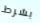
بشرط